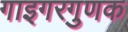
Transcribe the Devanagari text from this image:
गाइगरगुणक